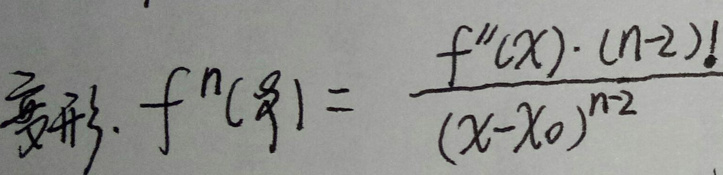
\[ f^n(x) = \frac{f''(x)\cdot(n - 2)!}{(x - x_0)^{n - 2}} \]